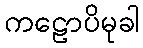
ကဠောပိမုခါ